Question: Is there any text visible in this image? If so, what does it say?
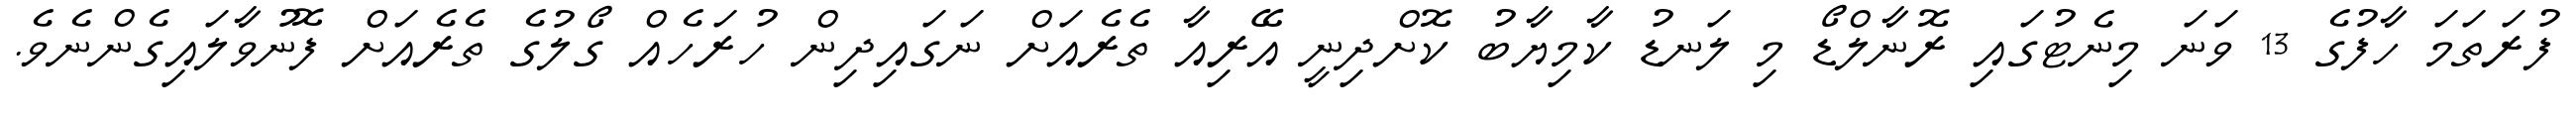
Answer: ފުރަތަމަ ހާފުގެ 13 ވަނަ މިނެޓުގައި ރޮނާލްޑޯ މި ލަނޑު ކާމިޔާބު ކޮށްދިނީ އޭރިއާ ތެރެއަށް ނަގައިދިން ހުރަހެއް ގޯލުގެ ތެރެއަށް ފޮނުވާލައިގެންނެވެ.